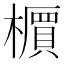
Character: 𬄹